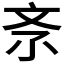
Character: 𣁃